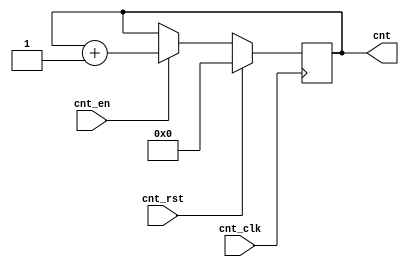
// Five bit program counter can address a 32 line program

module ProgramCounter(input cnt_clk, cnt_rst, cnt_en, output reg [4:0] cnt);

  always @ (posedge cnt_clk) begin
    if (cnt_rst) cnt <= 5'b00000;
    else if (cnt_en)
    cnt <= cnt + 5'b00001;
  end

endmodule